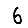
Digit: 6